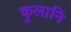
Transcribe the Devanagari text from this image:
कुलानि